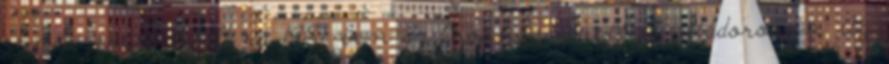
rendszerére talált rá 1981-ben az Orosháza melletti Gádoroson. Az